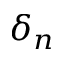
\delta _ { n }